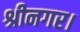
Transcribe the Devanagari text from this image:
श्रीनगर।